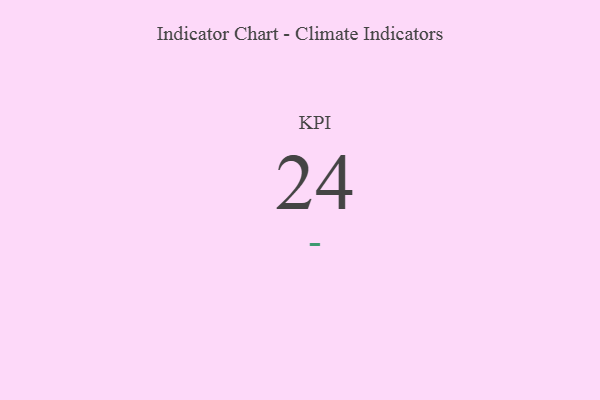
{"axis": {"x": "KPI", "y": "Value"}, "legend": [""], "data": [{"x": "KPI", "y": 24, "type": ""}]}